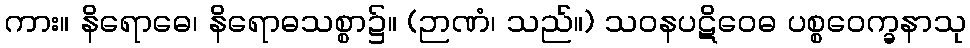
ကား။ နိရောဓေ၊ နိရောဓသစ္စာ၌။ (ဉာဏံ၊ သည်။) သဝနပဋိဝေဓ ပစ္စဝေက္ခနာသု